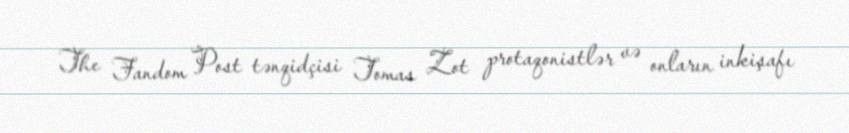
The Fandom Post tənqidçisi Tomas Zot protaqonistlər və onların inkişafı